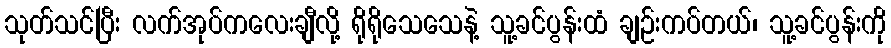
သုတ်သင်ပြီး လက်အုပ်ကလေးချီလို့ ရိုရိုသေသေနဲ့ သူ့ခင်ပွန်းထံ ချဉ်းကပ်တယ်၊ သူ့ခင်ပွန်းကို